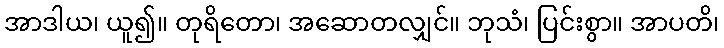
အာဒါယ၊ ယူ၍။ တုရိတော၊ အဆောတလျှင်။ ဘုသံ၊ ပြင်းစွာ။ အာပတိ၊